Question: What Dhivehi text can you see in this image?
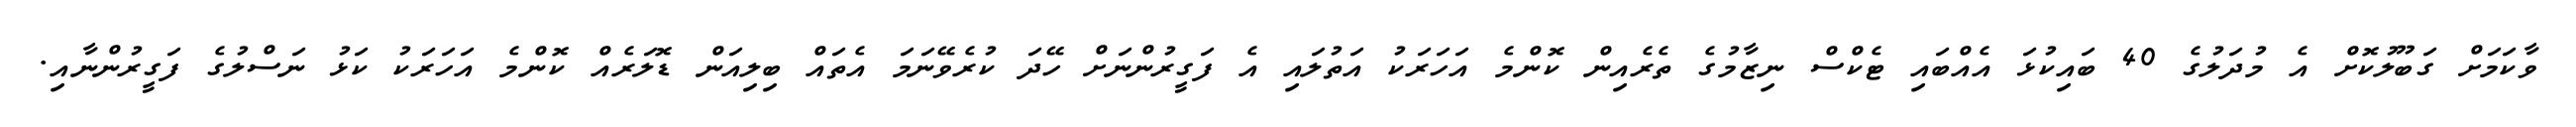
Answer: ވާކަމަށް ގަބޫލުކޮށް އެ މުދަލުގެ 40 ބައިކުޅަ އެއްބައި ޓެކްސް ނިޒާމުގެ ތެރެއިން ކޮންމެ އަހަރަކު އަތުލައި އެ ފަގީރުންނަށް ހޭދަ ކުރެވޭނަމަ އެތައް ބިލިއަން ޑޮލަރެއް ކޮންމެ އަހަރަކު ކަޅު ނަސްލުގެ ފަގީރުންނާއި.